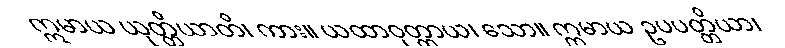
ဣမာယ ယုတ္တိယာတိ၊ ကား။ ယထာဝုတ္တာယ၊ သော။ ဣမာယ ဥပပတ္တိယာ၊